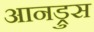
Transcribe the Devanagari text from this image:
आनड्रुस